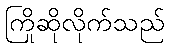
ကြိုဆိုလိုက်သည်